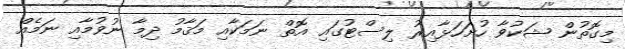
މިގޮތުން ޝަކުވާ ހުށަހަޅާއިރު ލިސްޓުގައި އޮތް ނަމަކާއި މަޤާމު ދިމާ ނުވުމާއި ނަމެއް